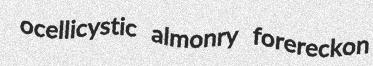
ocellicystic almonry forereckon